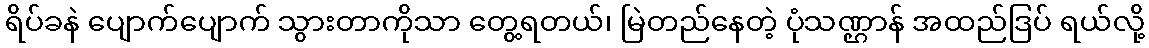
ရိပ်ခနဲ ပျောက်ပျောက် သွားတာကိုသာ တွေ့ရတယ်၊ မြဲတည်နေတဲ့ ပုံသဏ္ဌာန် အထည်ဒြပ် ရယ်လို့